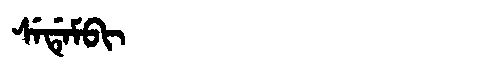
Manchu: ᠰᡝᡩᡝᠮᠪᡳ
Romanization: SEDEMBI